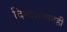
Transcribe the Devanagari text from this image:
दिग्दर्शनातही